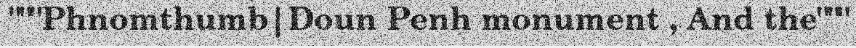
"""Phnomthumb|Doun Penh monument , And the"""